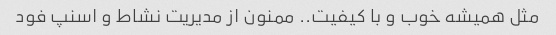
مثل همیشه خوب و با کیفیت.. ممنون از مدیریت نشاط و اسنپ فود